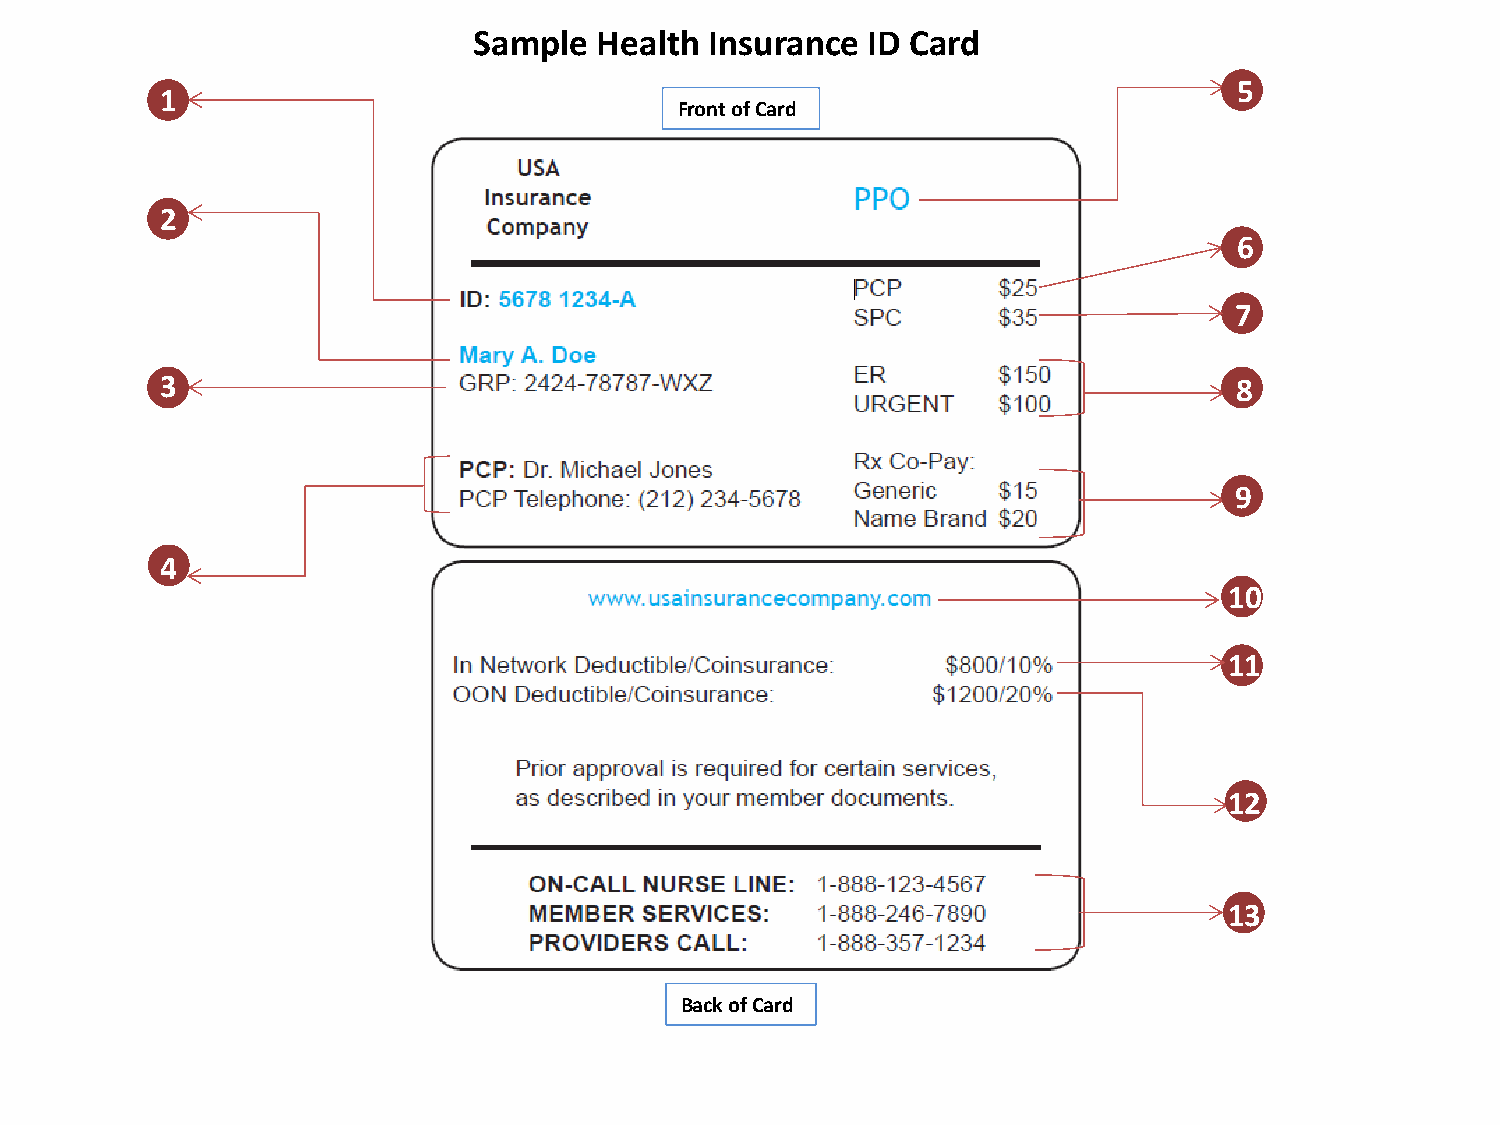
Sample  Health  Insurance ID Card
 5
 1
 Front of Card
 2
 6
 7
 3                                                                      8
 9
 4
 10
 11
 12
 13
 Back of Card